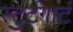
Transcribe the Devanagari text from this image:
स्टुर्टगार्ट